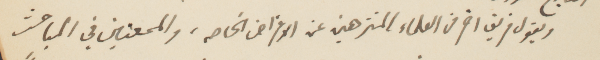
ويقول فريق اخر من العلماء المنزهين عن الاغراض الخاصة، والممعنين في المباحث